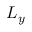
L _ { y }